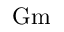
\mathrm { G m }